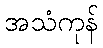
အသံကုန်